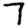
Digit: 7